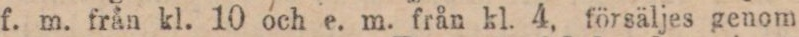
f. m. från kl. 10 och e. m. från kl. 4, försäljes genom